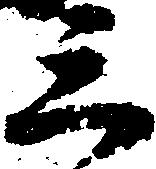
三